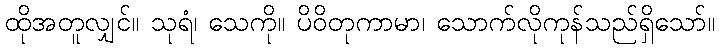
ထိုအတူလျှင်။ သုရံ၊ သေကို။ ပိဝိတုကာမာ၊ သောက်လိုကုန်သည်ရှိသော်။